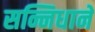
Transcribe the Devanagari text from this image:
सन्निधाने